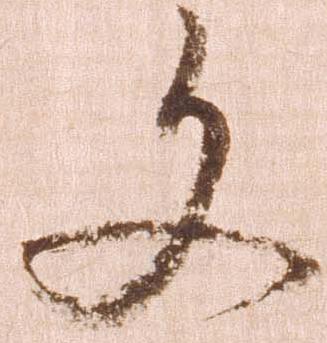
文